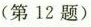
(第12题)